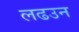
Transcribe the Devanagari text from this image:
लढउन